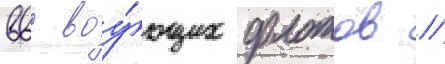
ввс воу́ющих флотов //